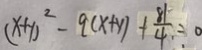
( x + y ) ^ { 2 } - 9 ( x + y ) + \frac { 8 1 } { 4 } = 0